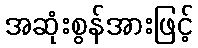
အဆုံးစွန်အားဖြင့်